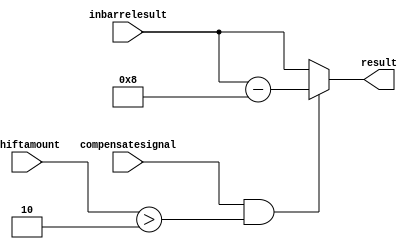
module contrl(shiftamount, compensatesignal, inbarrelesult,result);

input [3:0]shiftamount;
input compensatesignal;
input [7:0] inbarrelesult;

output reg [7:0]result;
reg [7:0] temp;

always@(shiftamount or compensatesignal or inbarrelesult)
begin
temp=inbarrelesult;
if(compensatesignal&&(shiftamount>2))
		begin
			result=temp-8;
		end
else
	begin
		result=temp;
	end
end
endmodule